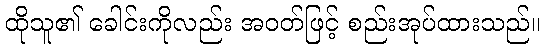
ထိုသူ၏ ခေါင်းကိုလည်း အဝတ်ဖြင့် စည်းအုပ်ထားသည်။